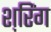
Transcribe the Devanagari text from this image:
श़रिंग